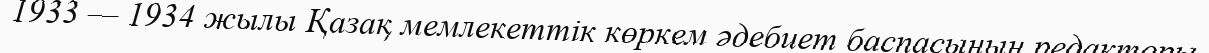
1933 — 1934 жылы Қазақ мемлекеттік көркем әдебиет баспасының редакторы